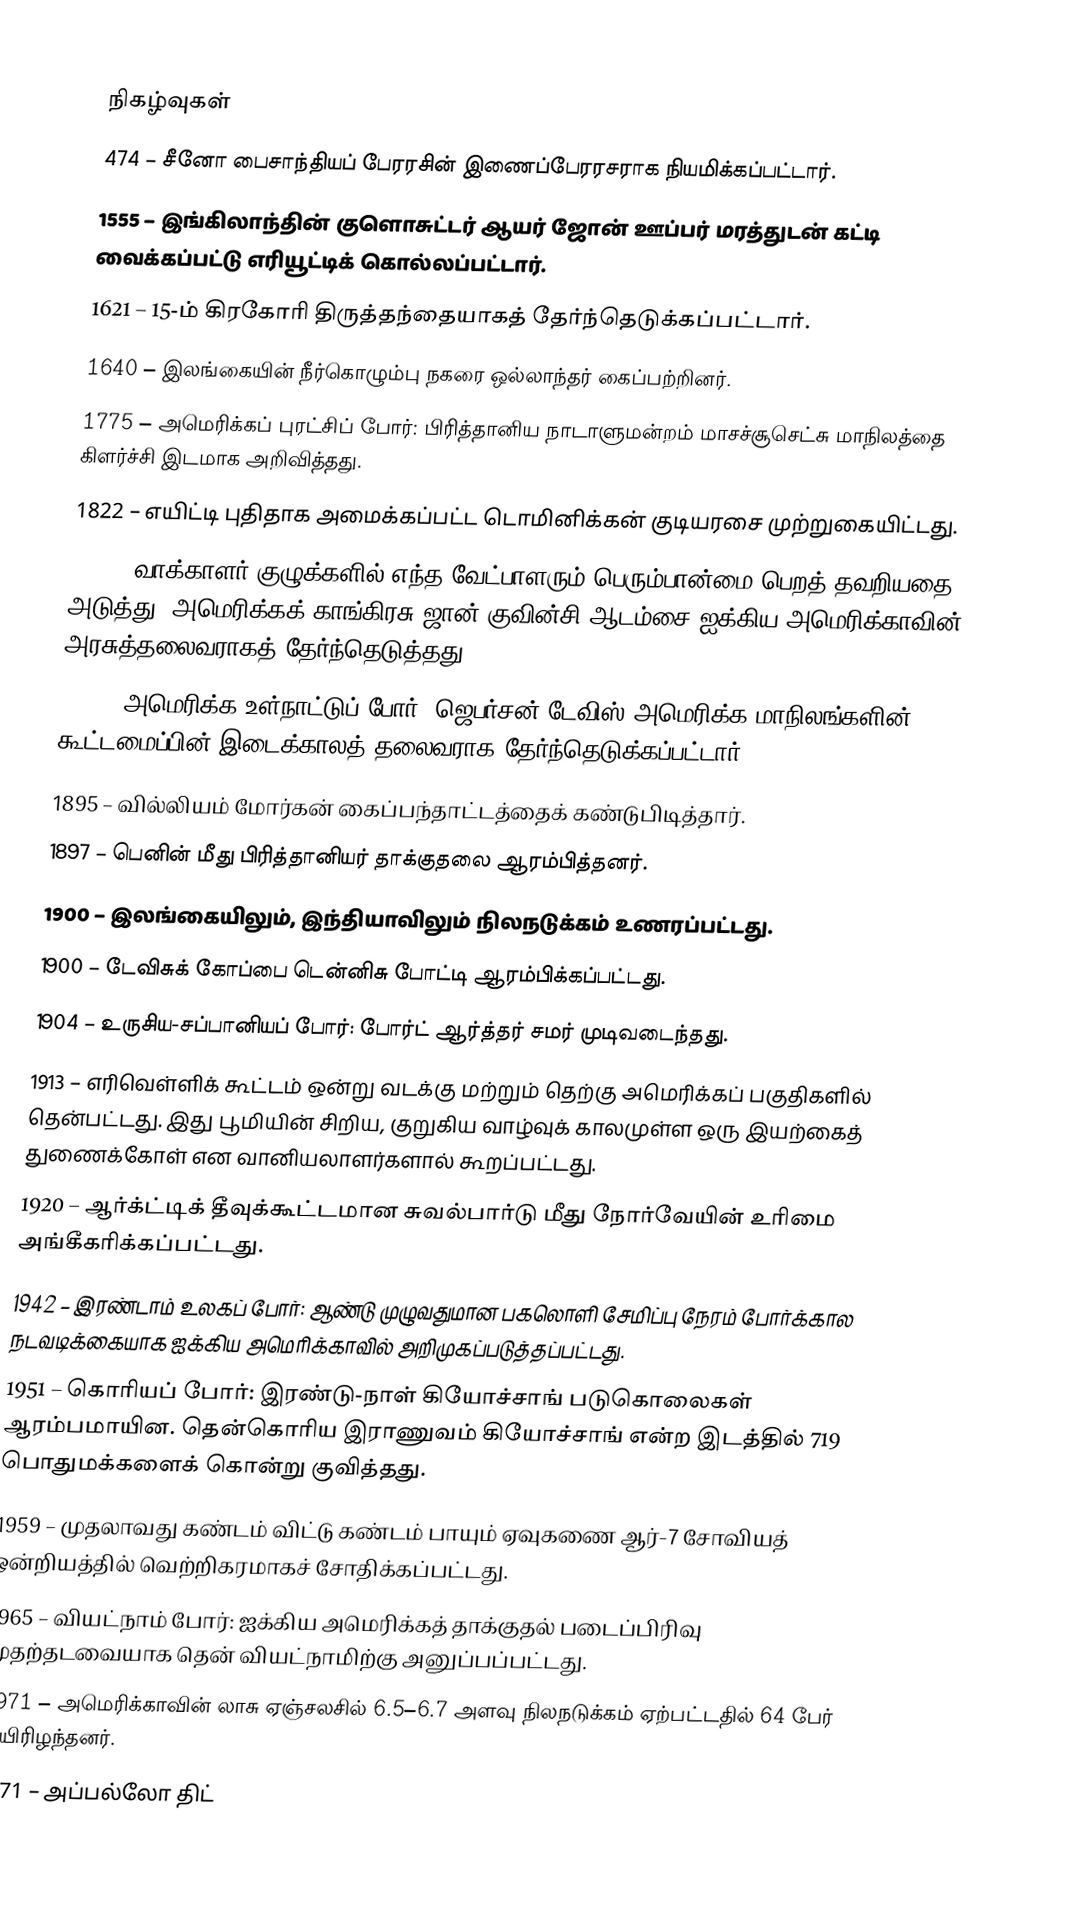

நிகழ்வுகள்
 474 – சீனோ பைசாந்தியப் பேரரசின் இணைப்பேரரசராக நியமிக்கப்பட்டார்.
1555 – இங்கிலாந்தின் குளொசுட்டர் ஆயர் ஜோன் ஊப்பர் மரத்துடன் கட்டி வைக்கப்பட்டு எரியூட்டிக் கொல்லப்பட்டார்.
1621 – 15-ம் கிரகோரி திருத்தந்தையாகத் தேர்ந்தெடுக்கப்பட்டார்.
1640 – இலங்கையின் நீர்கொழும்பு நகரை ஒல்லாந்தர் கைப்பற்றினர்.
1775 – அமெரிக்கப் புரட்சிப் போர்: பிரித்தானிய நாடாளுமன்றம் மாசச்சூசெட்சு மாநிலத்தை கிளர்ச்சி இடமாக அறிவித்தது.
1822 – எயிட்டி புதிதாக அமைக்கப்பட்ட டொமினிக்கன் குடியரசை முற்றுகையிட்டது.
1825 – வாக்காளர் குழுக்களில் எந்த வேட்பாளரும் பெரும்பான்மை பெறத் தவறியதை அடுத்து, அமெரிக்கக் காங்கிரசு ஜான் குவின்சி ஆடம்சை ஐக்கிய அமெரிக்காவின் அரசுத்தலைவராகத் தேர்ந்தெடுத்தது.
1861 – அமெரிக்க உள்நாட்டுப் போர்: ஜெபர்சன் டேவிஸ் அமெரிக்க மாநிலங்களின் கூட்டமைப்பின் இடைக்காலத் தலைவராக தேர்ந்தெடுக்கப்பட்டார்.
1895 – வில்லியம் மோர்கன் கைப்பந்தாட்டத்தைக் கண்டுபிடித்தார்.
1897 – பெனின் மீது பிரித்தானியர் தாக்குதலை ஆரம்பித்தனர்.
1900 – இலங்கையிலும், இந்தியாவிலும் நிலநடுக்கம் உணரப்பட்டது.
1900 – டேவிசுக் கோப்பை டென்னிசு போட்டி ஆரம்பிக்கப்பட்டது.
1904 – உருசிய-சப்பானியப் போர்: போர்ட் ஆர்த்தர் சமர் முடிவடைந்தது.
1913 – எரிவெள்ளிக் கூட்டம் ஒன்று வடக்கு மற்றும் தெற்கு அமெரிக்கப் பகுதிகளில் தென்பட்டது. இது பூமியின் சிறிய, குறுகிய வாழ்வுக் காலமுள்ள ஒரு இயற்கைத் துணைக்கோள் என வானியலாளர்களால் கூறப்பட்டது.
1920 – ஆர்க்ட்டிக் தீவுக்கூட்டமான சுவல்பார்டு மீது நோர்வேயின் உரிமை அங்கீகரிக்கப்பட்டது.
1942 – இரண்டாம் உலகப் போர்: ஆண்டு முழுவதுமான பகலொளி சேமிப்பு நேரம் போர்க்கால நடவடிக்கையாக ஐக்கிய அமெரிக்காவில் அறிமுகப்படுத்தப்பட்டது.
1951 – கொரியப் போர்: இரண்டு-நாள் கியோச்சாங் படுகொலைகள் ஆரம்பமாயின. தென்கொரிய இராணுவம் கியோச்சாங் என்ற இடத்தில் 719 பொதுமக்களைக் கொன்று குவித்தது.
1959 – முதலாவது கண்டம் விட்டு கண்டம் பாயும் ஏவுகணை ஆர்-7 சோவியத் ஒன்றியத்தில் வெற்றிகரமாகச் சோதிக்கப்பட்டது.
1965 – வியட்நாம் போர்: ஐக்கிய அமெரிக்கத் தாக்குதல் படைப்பிரிவு முதற்தடவையாக தென் வியட்நாமிற்கு அனுப்பப்பட்டது.
1971 – அமெரிக்காவின் லாசு ஏஞ்சலசில் 6.5–6.7 அளவு நிலநடுக்கம் ஏற்பட்டதில் 64 பேர் உயிரிழந்தனர்.
1971 – அப்பல்லோ திட்